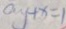
a y + x = 1